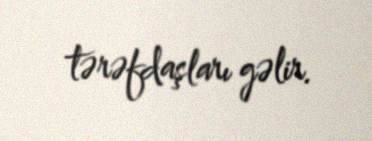
tərəfdaşları gəlir.